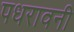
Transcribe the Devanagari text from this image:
पधरावनी